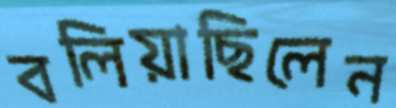
বলিয়াছিলেন